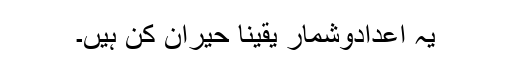
یہ اعدادوشمار یقیناً حیران کن ہیں۔